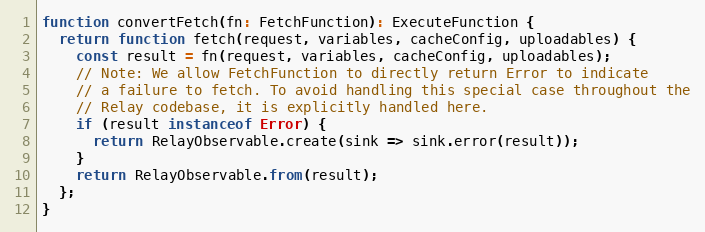
Language: JavaScript
function convertFetch(fn: FetchFunction): ExecuteFunction {
  return function fetch(request, variables, cacheConfig, uploadables) {
    const result = fn(request, variables, cacheConfig, uploadables);
    // Note: We allow FetchFunction to directly return Error to indicate
    // a failure to fetch. To avoid handling this special case throughout the
    // Relay codebase, it is explicitly handled here.
    if (result instanceof Error) {
      return RelayObservable.create(sink => sink.error(result));
    }
    return RelayObservable.from(result);
  };
}